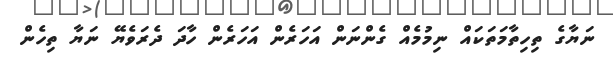
ނަޔާގެ ތިހިތާމަތަކައް ނިމުމެއް ގެންނަން އަހަރެން އަހަރެން ހާދަ ދެރަވެޔޭ ނަޔާ ތިހެން